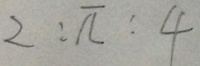
2 : \pi : 4